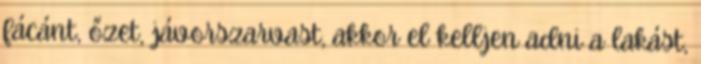
fácánt, őzet, jávorszarvast, akkor el kelljen adni a lakást,